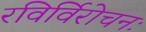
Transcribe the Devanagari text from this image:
रविर्विरोचनः